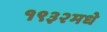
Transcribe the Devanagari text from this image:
१९३२मधे